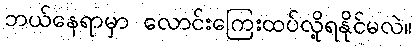
ဘယ်နေရာမှာ လောင်းကြေးထပ်လို့ရနိုင်မလဲ။